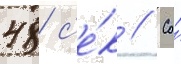
48 с'е́к // Со́